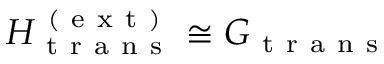
H _ { \mathrm { ~ t ~ r ~ a ~ n ~ s ~ } } ^ { \mathrm { ~ ( ~ e ~ x ~ t ~ ) ~ } } \cong G _ { \mathrm { ~ t ~ r ~ a ~ n ~ s ~ } }